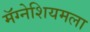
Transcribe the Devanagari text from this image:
मॅग्नेशियमला